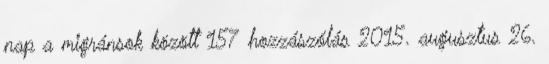
nap a migránsok között 157 hozzászólás 2015. augusztus 26.